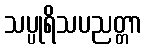
သပ္ပုရိသပညတ္တာ